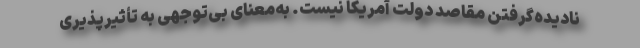
نادیده‌گرفتن مقاصد دولت آمریکا نیست. به‌معنای بی‌توجهی به تأثیرپذیری